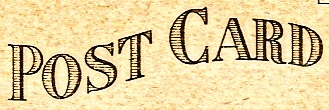
POST CARD